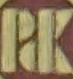
PDK